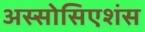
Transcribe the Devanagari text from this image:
अस्सोसिएशंस